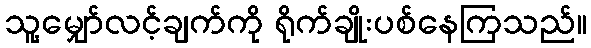
သူ့မျှော်လင့်ချက်ကို ရိုက်ချိုးပစ်နေကြသည်။